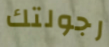
رجولتك